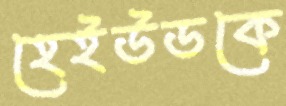
হেইউডকে